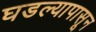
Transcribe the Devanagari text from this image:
घडल्यापासून